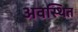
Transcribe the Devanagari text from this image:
अवस्‍थित